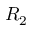
R _ { 2 }